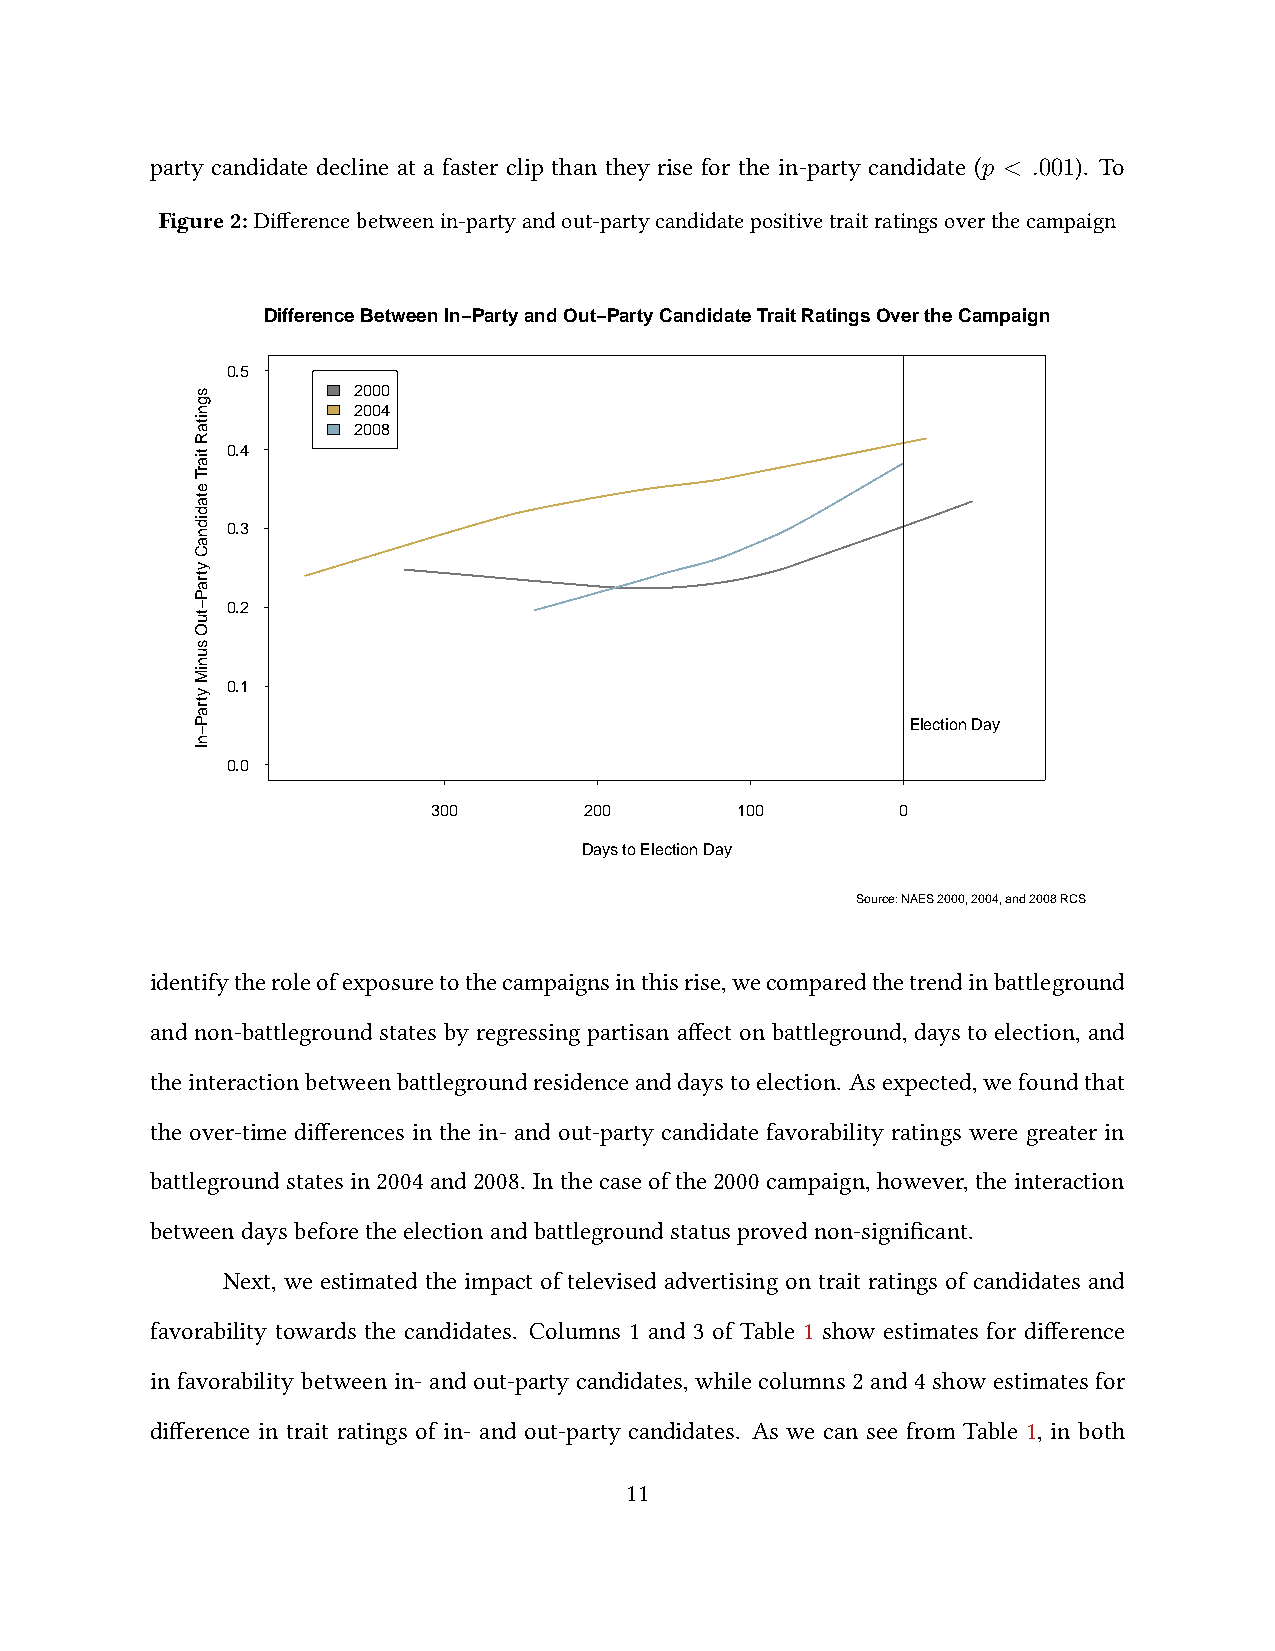
party candidate decline at a faster clip than they rise for the in-party candidate (p < .001). To
 Figure2: Differencebetweenin-partyandout-partycandidatepositivetraitratingsoverthecampaign
 Difference Between In−Party and Out−Party Candidate Trait Ratings Over the Campaign
 000000 ...... 012345
 llllllllllllllllllllllllllllllllllllllll2 2
 2
 llllll0 0
 0
 llllll0 0
 0
 llllll0 4
 8 lllllllllllllllllllllllllllllllllllllllllllllllllllllllllllllllllllllllllllllllllllllllllllllllllllllllllllllllllllllllllllllllllllllllllllllllllllllllllllllllllllllllllllllllllllllllllllllllllllllllllllllllllllllllllllllllllllllllllllllllllllllllllllllllllllllllllllllllllllllllllllllllllllllllllllllllllllllllllllllllllllllllllllllllllllllllll
 Ellllllll lll ellllll clllll tlll ill ollllll nllllll lll Dllllllll alllll
 yllllllllllllll
 300       200       100       0
 Days to Election Day
 Source: NAES 2000, 2004, and 2008 RCS
 identifytheroleofexposuretothecampaignsinthisrise,wecomparedthetrendinbattleground
 and non-battleground states by regressing partisan affect on battleground, days to election, and
 theinteractionbetweenbattlegroundresidenceanddaystoelection. Asexpected,wefoundthat
 the over-time differences in the in- and out-party candidate favorability ratings were greater in
 battleground states in 2004 and 2008. In the case of the 2000 campaign, however, the interaction
 betweendaysbeforetheelectionandbattlegroundstatusprovednon-significant.
 Next, we estimated the impact of televised advertising on trait ratings of candidates and
 favorability towards the candidates. Columns 1 and 3 of Table 1 show estimates for difference
 in favorability between in- and out-party candidates, while columns 2 and 4 show estimates for
 difference in trait ratings of in- and out-party candidates. As we can see from Table 1, in both
 11
 sgnitaR
 tiarT
 etadidnaC
 ytraP−tuO
 suniM
 ytraP−nI